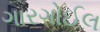
ગારગોઈલ